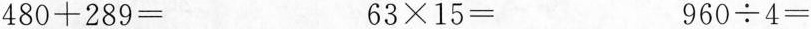
$$4 8 0 + 2 8 9 =$$ $$6 3 \times 1 5 =$$ $$9 6 0 /div 4 =$$